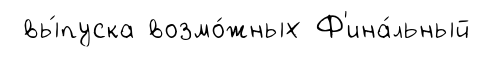
вы́пуска возмо́жных Ф'ина́льный